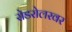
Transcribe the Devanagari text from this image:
रोडरोलरवर